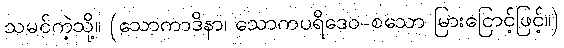
သမင်ကဲ့သို့။ (သောကာဒိနာ၊ သောကပရိဒေဝ-စသော မြားငြောင့်ဖြင့်။)